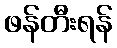
ဖန်တီးရန်